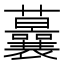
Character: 𱿉